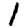
Digit: 1